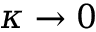
\kappa \rightarrow 0